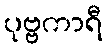
ပုဗ္ဗကာရီ